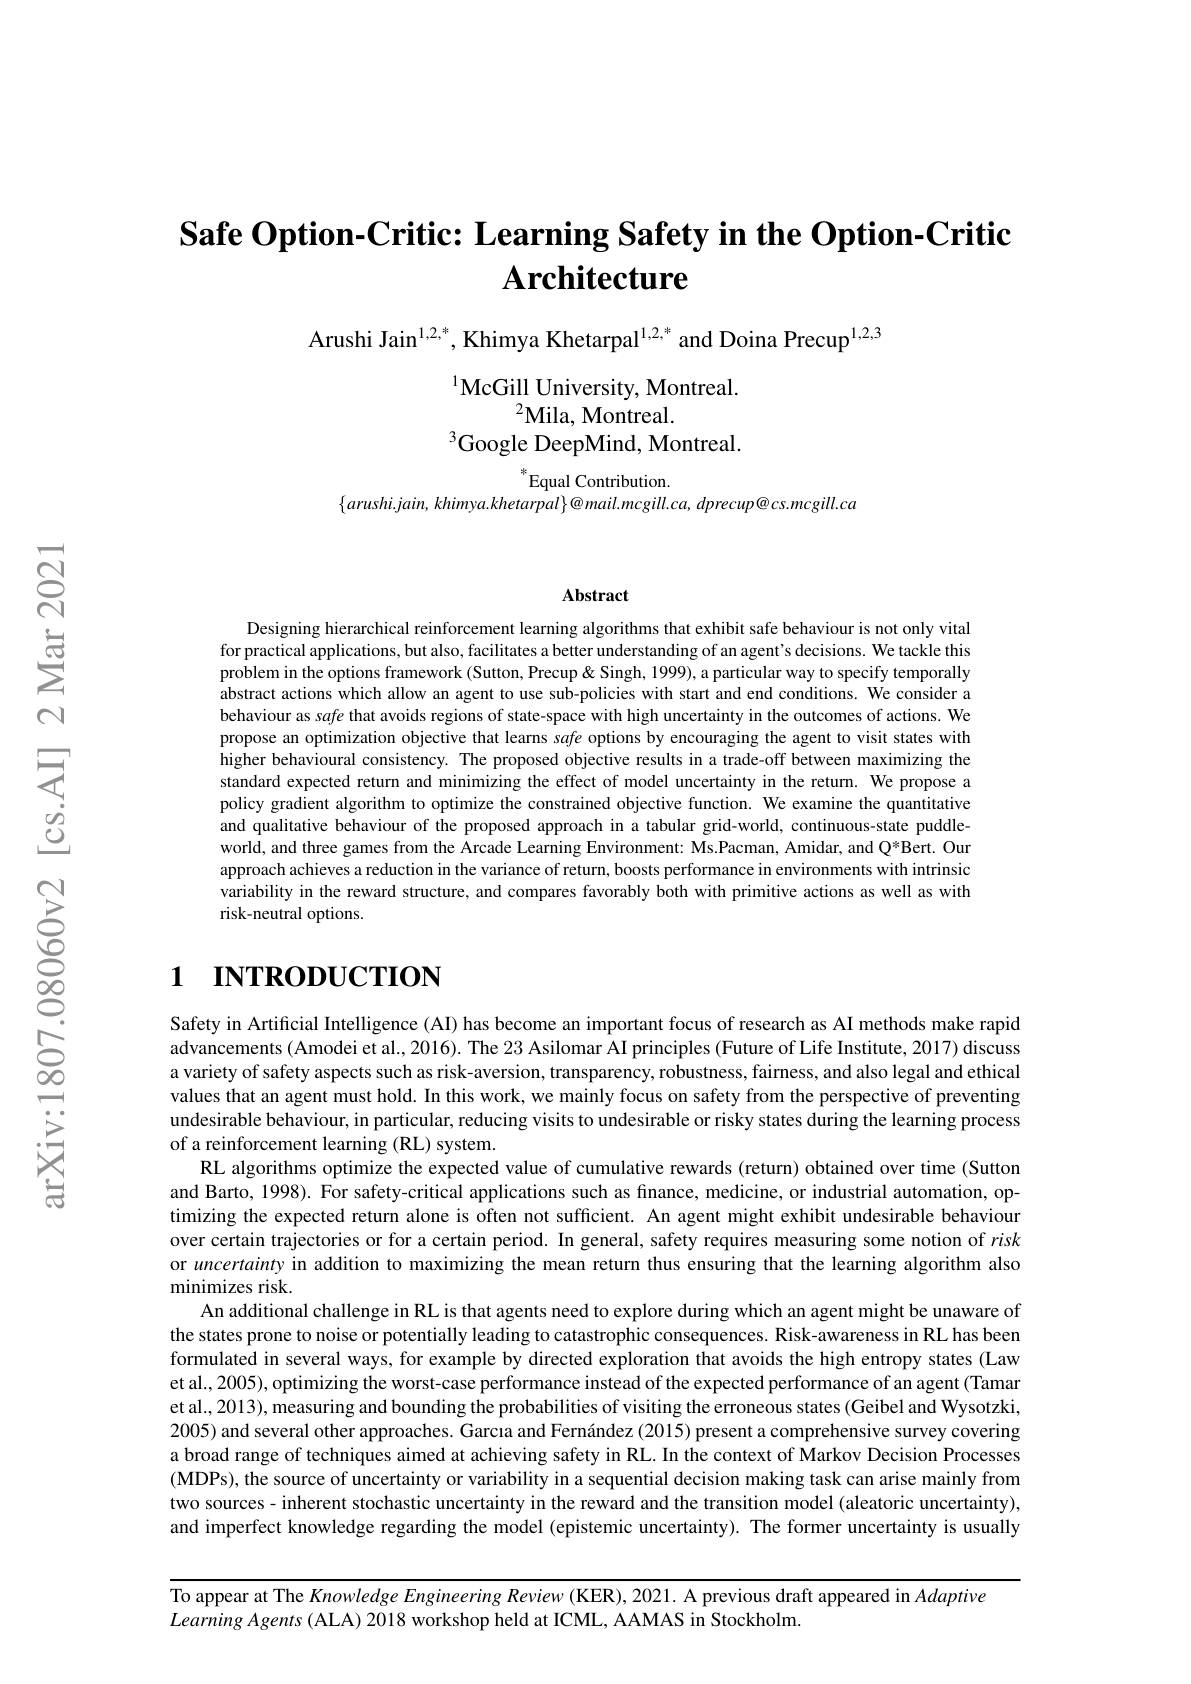
# $\textbf{Safe Option- Critic: Learning Safety in the Option- Critic}$ $\textbf{Architecture}$

Arushi Jain$^{1,2,*}$, Khimya Khetarpal$^{1,2,*}$ and Doina Precup$^{1,2,3}$

$^{1}$McGill University, Montreal.
$^2$Mila, Montreal.
$^3$Google DeepMind, Montreal.

$^*$Equal Contribution.
$\{arushi.jain,khimya.khetarpal\}@mail.mcgill.ca,dprecup@cs.mcgill.ca$

## Abstract

Designing hierarchical reinforcement learning algorithms that exhibit safe behaviour is not only vital for practical applications, but also, facilitates a better understanding of an agent's decisions. We tackle this problem in the options framework (Sutton, Precup& Singh, 1999), a particular way to specify temporally abstract actions which allow an agent to use sub-policies with start and end conditions. We consider a behaviour as safe that avoids regions of state-space with high uncertainty in the outcomes of actions. We propose an optimization objective that learns safe options by encouraging the agent to visit states with higher behavioural consistency. The proposed objective results in a trade-off between maximizing the standard expected return and minimizing the effect of model uncertainty in the return. We propose a policy gradient algorithm to optimize the constrained objective function. We examine the quantitative and qualitative behaviour of the proposed approach in a tabular grid-world, continuous-state puddleworld, and three games from the Arcade Learning Environment: Ms.Pacman, Amidar, and Q*Bert. Our approach achieves a reduction in the variance of return, boosts performance in environments with intrinsic variability in the reward structure, and compares favorably both with primitive actions as well as with risk-neutral options.

# 1 INTRODUCTION

Safety in Artificial Intelligence (AI) has become an important focus of research as AI methods make rapid advancements (Amodei et al., 2016). The 23 Asilomar AI principles (Future of Life Institute, 2017) discuss a variety of safety aspects such as risk-aversion, transparency, robustness, fairness, and also legal and ethical values that an agent must hold. In this work, we mainly focus on safety from the perspective of preventing undesirable behaviour, in particular, reducing visits to undesirable or risky states during the learning process of a reinforcement learning (RL) system.
RL algorithms optimize the expected value of cumulative rewards (return) obtained over time (Sutton and Barto, 1998). For safety-critical applications such as finance, medicine, or industrial automation, optimizing the expected return alone is often not sufficient. An agent might exhibit undesirable behaviour over certain trajectories or for a certain period. In general, safety requires measuring some notion of risk or uncertainty in addition to maximizing the mean return thus ensuring that the learning algorithm also minimizes risk.
An additional challenge in RL is that agents need to explore during which an agent might be unaware of the states prone to noise or potentially leading to catastrophic consequences. Risk-awareness in RL has been formulated in several ways, for example by directed exploration that avoids the high entropy states (Law et al., 2005), optimizing the worst-case performance instead of the expected performance of an agent (Tamar et al., 2013), measuring and bounding the probabilities of visiting the erroneous states (Geibel and Wysotzki, 2005) and several other approaches. Garcıa and Fernández (2015) present a comprehensive survey covering a broad range of techniques aimed at achieving safety in RL. In the context of Markov Decision Processes (MDPs), the source of uncertainty or variability in a sequential decision making task can arise mainly from two sources- inherent stochastic uncertainty in the reward and the transition model (aleatoric uncertainty), and imperfect knowledge regarding the model (epistemic uncertainty). The former uncertainty is usually

To appear at The Knowledge Engineering Review (KER), 2021. A previous draft appeared in Adaptive
$LearningAgents($ALA) 2018 workshop held at ICML, AAMAS in Stockholm.